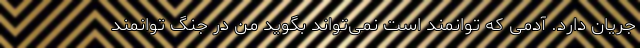
جریان دارد. آدمی که توانمند است نمی‌تواند بگوید من در جنگ توانمند